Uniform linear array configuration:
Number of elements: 4
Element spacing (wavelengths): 0.25
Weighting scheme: kaiser
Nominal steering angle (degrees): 30
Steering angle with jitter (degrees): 30.74
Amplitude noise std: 0.05
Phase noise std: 0.05

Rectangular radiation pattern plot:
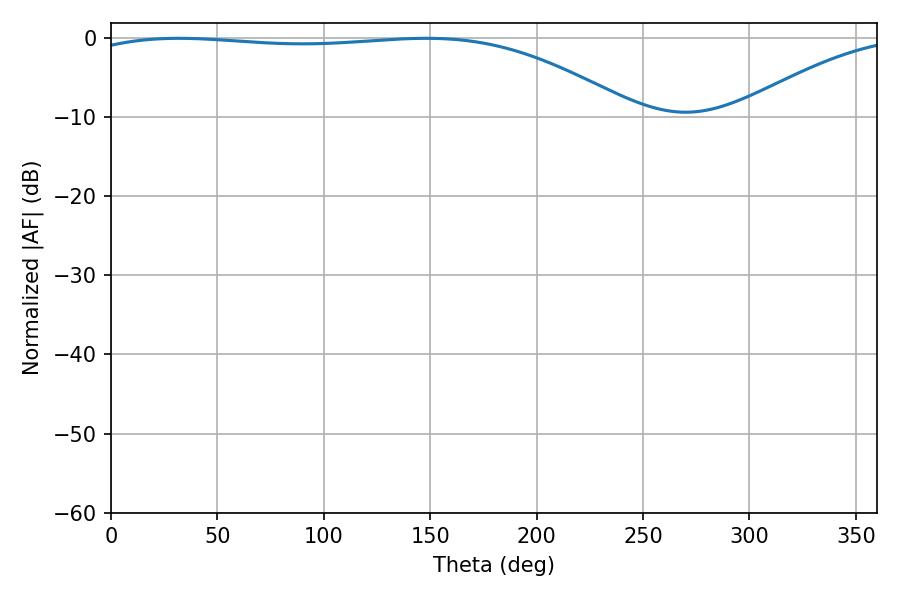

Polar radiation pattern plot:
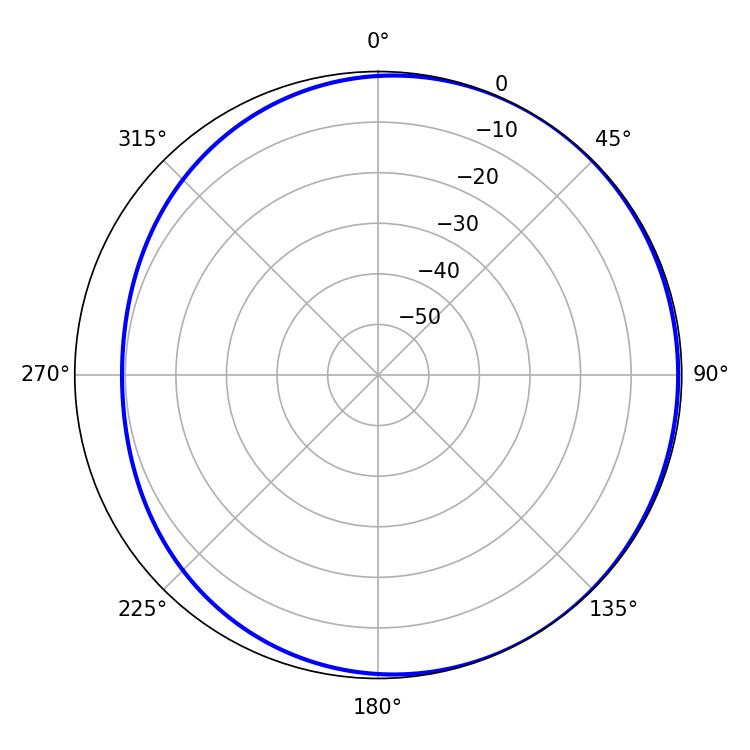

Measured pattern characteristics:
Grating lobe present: FALSE
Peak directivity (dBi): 1.731
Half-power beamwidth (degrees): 205.2
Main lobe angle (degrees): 148.14